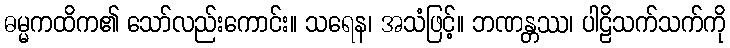
ဓမ္မကထိက၏ သော်လည်းကောင်း။ သရေန၊ အသံဖြင့်။ ဘဏန္တဿ၊ ပါဠိသက်သက်ကို